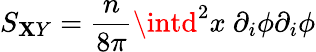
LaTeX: S_{\mathbf{X}Y}=\frac{{n}}{{8\pi}}\intd^{2}x~\partial_{i}\phi\partial_{i}\phi